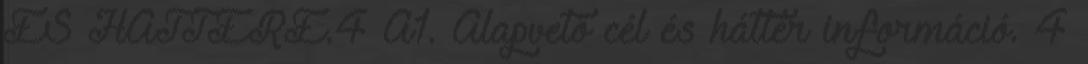
ÉS HÁTTERE.4 A1. Alapvető cél és háttér információ. 4